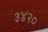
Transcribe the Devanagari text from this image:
३४२०